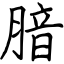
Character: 腤